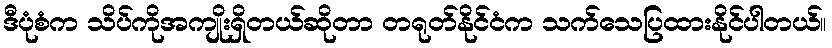
ဒီပုံစံက သိပ်ကိုအကျိုးရှိတယ်ဆိုတာ တရုတ်နိုင်ငံက သက်သေပြထားနိုင်ပါတယ်။